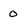
Character: 0